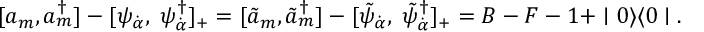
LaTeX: [ a _ { m } , a _ { m } ^ { \dagger } ] - [ \psi _ { \dot { \alpha } } , \; \psi _ { \dot { \alpha } } ^ { \dagger } ] _ { + } = [ \tilde { a } _ { m } , \tilde { a } _ { m } ^ { \dagger } ] - [ \tilde { \psi } _ { \dot { \alpha } } , \; \tilde { \psi } _ { \dot { \alpha } } ^ { \dagger } ] _ { + } = B - F - 1 + \mid 0 \rangle \langle 0 \mid .